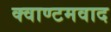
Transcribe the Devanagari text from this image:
क्वाण्टमवाद